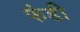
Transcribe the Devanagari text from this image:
फंडी